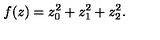
f ( z ) = z _ { 0 } ^ { 2 } + z _ { 1 } ^ { 2 } + z _ { 2 } ^ { 2 } .